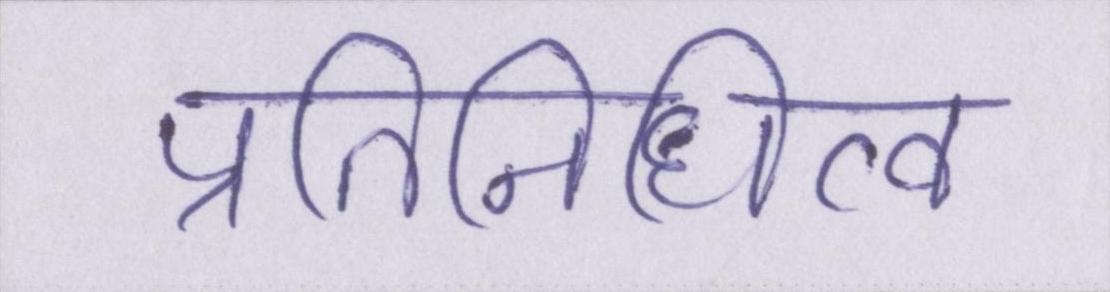
प्रतिनिधित्व